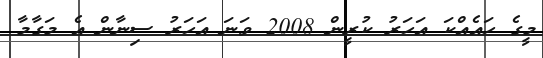
މީގެ ހައެއްކަ އަހަރު ކުރީން 2008 ވަނަ އަހަރު ސިނާން އެ މަގާމާ